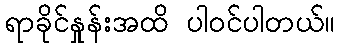
ရာခိုင်နှုန်းအထိ ပါဝင်ပါတယ်။